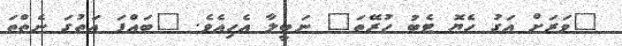
"ވަރަށް އަގު ހެޔޮ ޓެބު ހުރޭތަ" ނަބީލާ އެހިއެވެ. "ބައްޕަ އަތުގަ ނެތްތަ